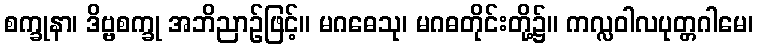
စက္ခုနာ၊ ဒိဗ္ဗစက္ခု အဘိညာဉ်ဖြင့်။ မဂဓေသု၊ မဂဓတိုင်းတို့၌။ ကလ္လဝါလပုတ္တဂါမေ၊